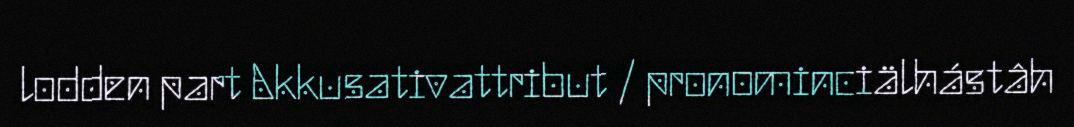
lodden part Akkusativattribut / pronominciälhástâh